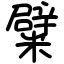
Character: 糪